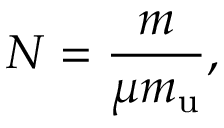
N = { \frac { m } { \mu m _ { \mathrm { u } } } } ,